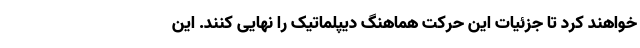
خواهند کرد تا جزئیات این حرکت هماهنگ دیپلماتیک را نهایی کنند. این